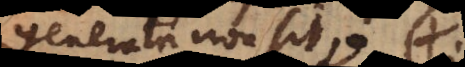
generata non sit; eadem